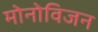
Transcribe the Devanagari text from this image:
मोनोविजन